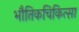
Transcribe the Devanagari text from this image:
भौतिकचिकित्सा